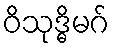
ဝိသုဒ္ဓိမဂ်